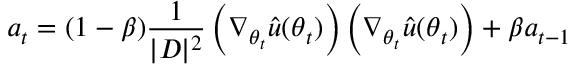
\boldsymbol { a } _ { t } = ( 1 - \beta ) \frac { 1 } { | D | ^ { 2 } } \left( \nabla _ { \boldsymbol { \theta } _ { t } } \hat { u } ( \boldsymbol { \theta } _ { t } ) \right) \left( \nabla _ { \boldsymbol { \theta } _ { t } } \hat { u } ( \boldsymbol { \theta } _ { t } ) \right) + \beta \boldsymbol { a } _ { t - 1 }